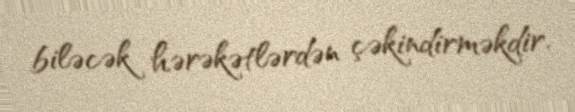
biləcək hərəkətlərdən çəkindirməkdir.